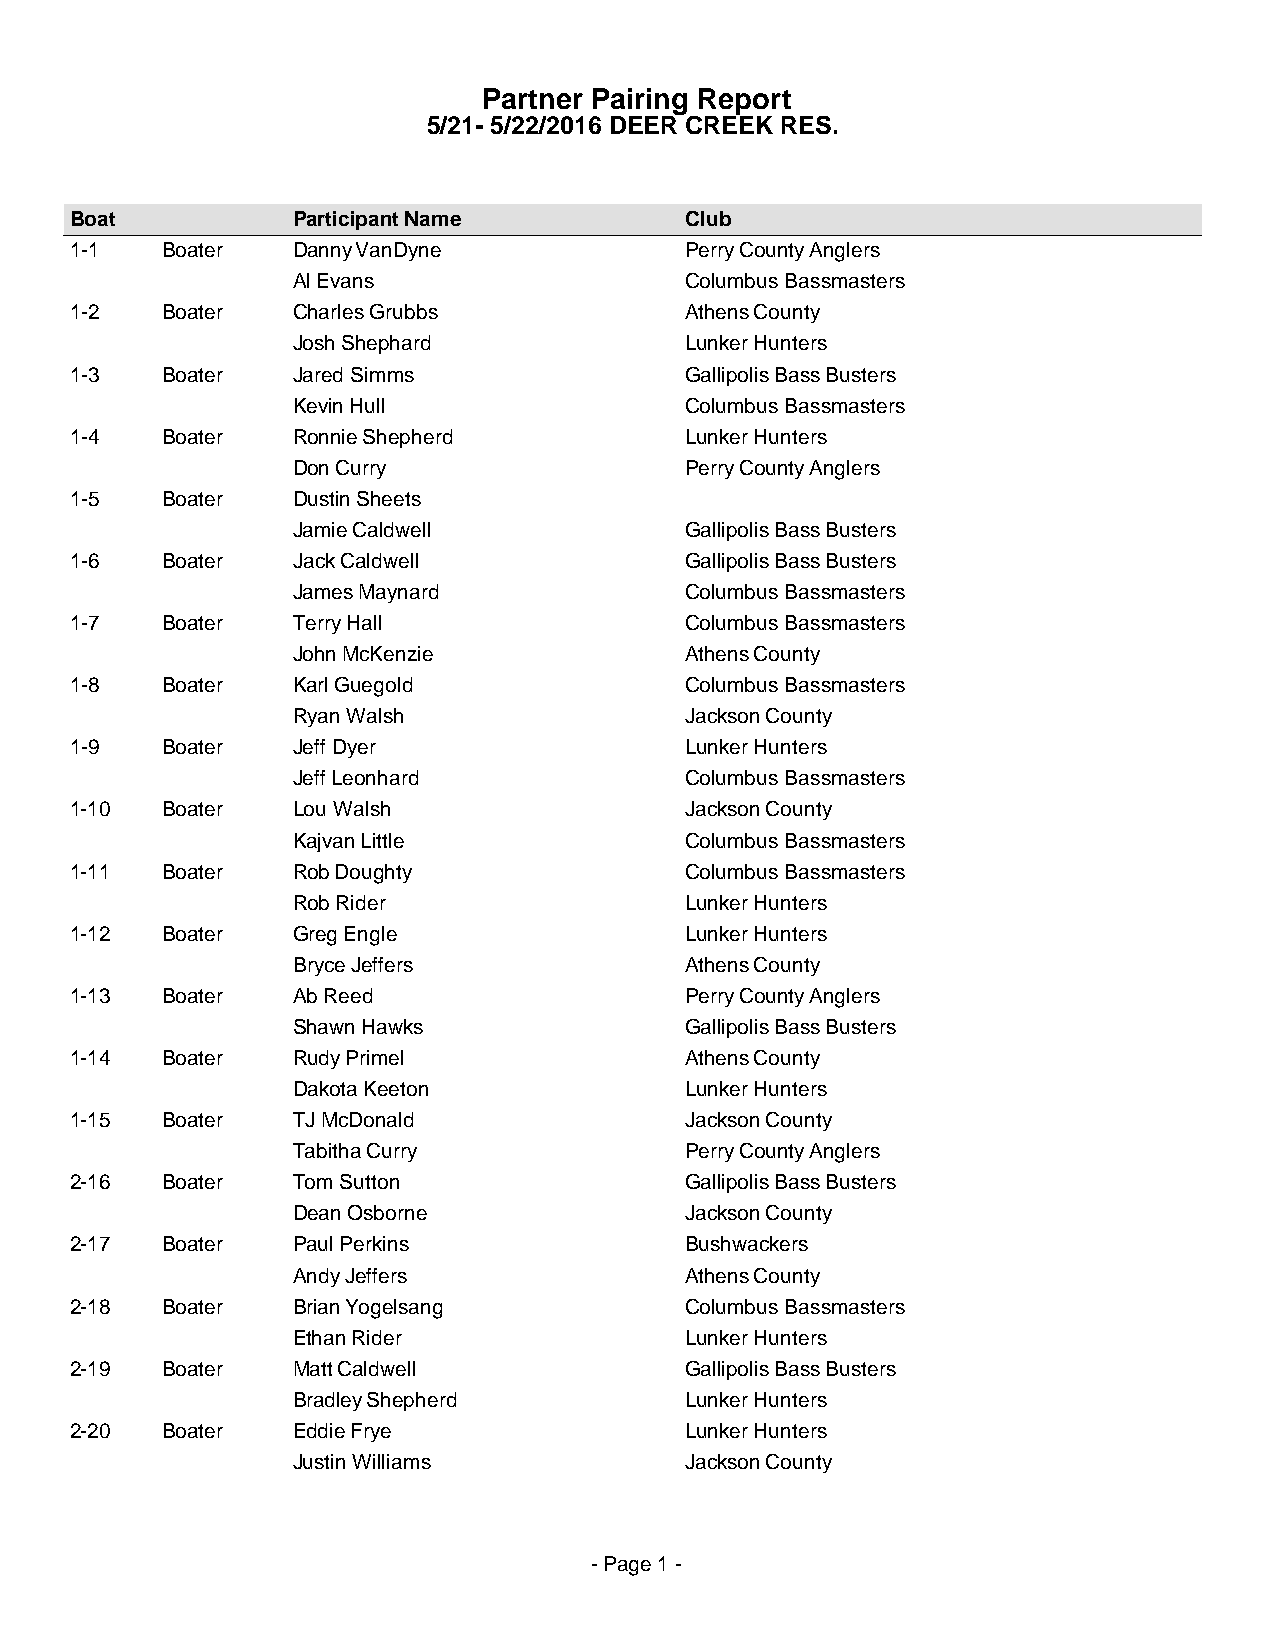
Partner Pairing Report
 5/21- 5/22/2016 DEER CREEK RES.
 Boat          Participant Name          Club
 1-1   Boater  Danny VanDyne             Perry County Anglers
 Al Evans                  Columbus Bassmasters
 1-2   Boater  Charles Grubbs            Athens County
 Josh Shephard             Lunker Hunters
 1-3   Boater  Jared Simms               Gallipolis Bass Busters
 Kevin Hull                Columbus Bassmasters
 1-4   Boater  Ronnie Shepherd           Lunker Hunters
 Don Curry                 Perry County Anglers
 1-5   Boater  Dustin Sheets
 Jamie Caldwell            Gallipolis Bass Busters
 1-6   Boater  Jack Caldwell             Gallipolis Bass Busters
 James Maynard             Columbus Bassmasters
 1-7   Boater  Terry Hall                Columbus Bassmasters
 John McKenzie             Athens County
 1-8   Boater  Karl Guegold              Columbus Bassmasters
 Ryan Walsh                Jackson County
 1-9   Boater  Jeff Dyer                 Lunker Hunters
 Jeff Leonhard             Columbus Bassmasters
 1-10  Boater  Lou Walsh                 Jackson County
 Kajvan Little             Columbus Bassmasters
 1-11  Boater  Rob Doughty               Columbus Bassmasters
 Rob Rider                 Lunker Hunters
 1-12  Boater  Greg Engle                Lunker Hunters
 Bryce Jeffers             Athens County
 1-13  Boater  Ab Reed                   Perry County Anglers
 Shawn Hawks               Gallipolis Bass Busters
 1-14  Boater  Rudy Primel               Athens County
 Dakota Keeton             Lunker Hunters
 1-15  Boater  TJ McDonald               Jackson County
 Tabitha Curry             Perry County Anglers
 2-16  Boater  Tom Sutton                Gallipolis Bass Busters
 Dean Osborne              Jackson County
 2-17  Boater  Paul Perkins              Bushwackers
 Andy Jeffers              Athens County
 2-18  Boater  Brian Yogelsang           Columbus Bassmasters
 Ethan Rider               Lunker Hunters
 2-19  Boater  Matt Caldwell             Gallipolis Bass Busters
 Bradley Shepherd          Lunker Hunters
 2-20  Boater  Eddie Frye                Lunker Hunters
 Justin Williams           Jackson County
 - Page 1 -